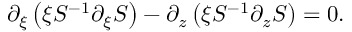
\partial _ { \xi } \left( \xi S ^ { - 1 } \partial _ { \xi } S \right) - \partial _ { z } \left( \xi S ^ { - 1 } \partial _ { z } S \right) = 0 .